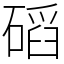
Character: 𥔿